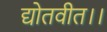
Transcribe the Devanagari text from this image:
द्योतवीत।।